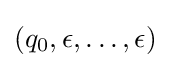
(q_{0},\epsilon ,\dots ,\epsilon )